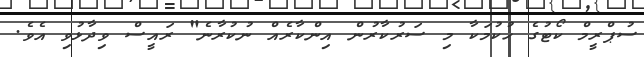
ސުޕްރީމް ކޯޓުގެ ހުކުމަކާ މި ސަރުކާރުން އިންކާރެއް ނުކުރާނެ" ރައީސް ވިދާޅުވި އެވެ.